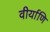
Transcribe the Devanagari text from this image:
वीर्याणि